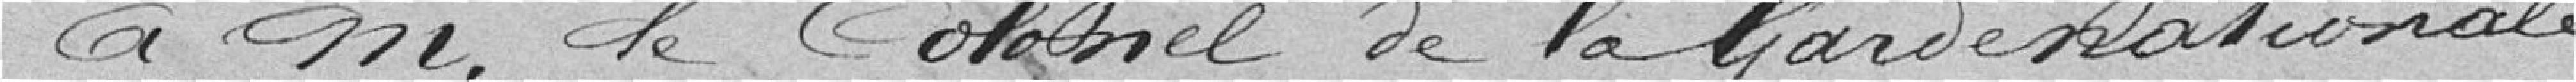
à monsieur le colonel de la garde nationale